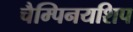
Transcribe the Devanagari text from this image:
चैम्पिनयशिप